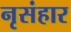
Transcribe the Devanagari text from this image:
नृसंहार